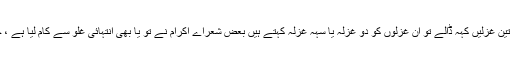
جب کبھی بھی شاعر کسی ایک ہی بحر اور ایک ہی زمین میں دو یا تین غزلیں کہہ ڈالے تو اُن غزلوں کو دو غزلہ یا سہہ غزلہ کہتے ہیں بعض شعراے اکرام نے تو یا بھی انتہائی غلو سے کام لیا ہے ، چہار غزلہ، پنج غزلہ ،شش غزلہ حتی کہ ہفت غزلہ تک موجود ہیں ۔